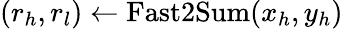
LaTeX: (r_{h},r_{l})\gets\mathrm{Fast2Sum}(x_{h},y_{h})